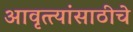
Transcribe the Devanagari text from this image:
आवृत्त्यांसाठीचे